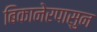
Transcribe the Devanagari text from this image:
बिकानेरपासुन